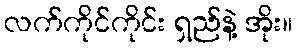
လက်ကိုင်ကိုင်း ရှည်နဲ့ အိုး။